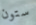
ستون